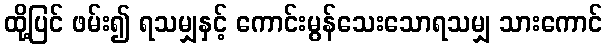
ထို့ပြင် ဖမ်း၍ ရသမျှနှင့် ကောင်းမွန်သေးသောရသမျှ သားကောင်